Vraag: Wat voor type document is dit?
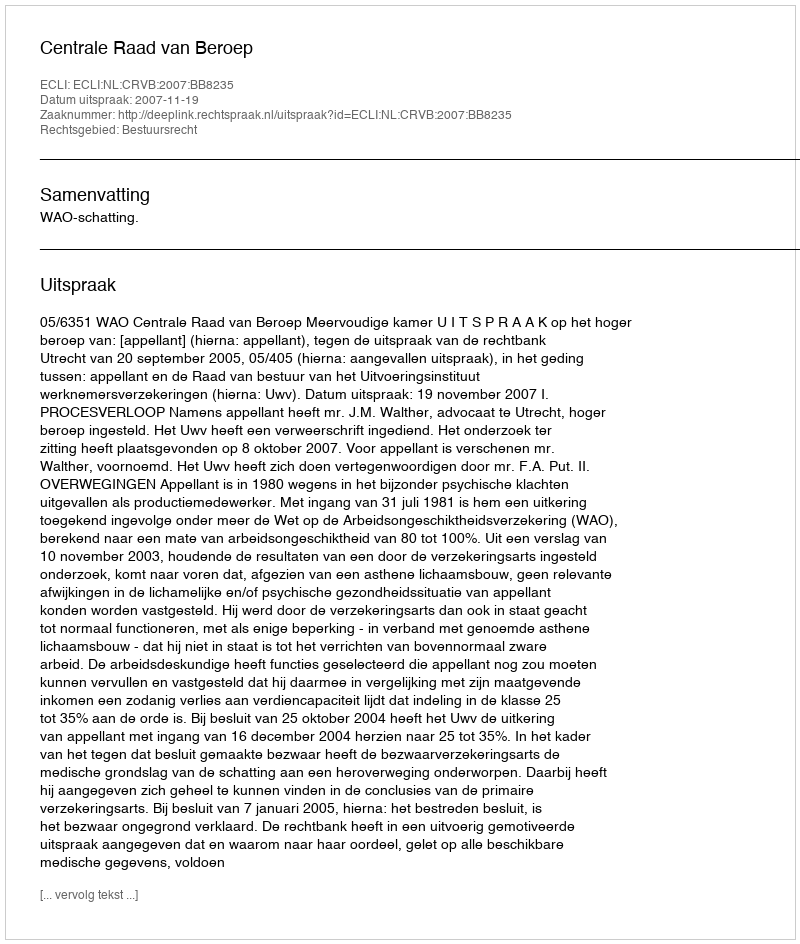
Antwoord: Uitspraak